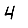
Digit: 4